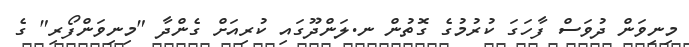
މިނިވަން ދުވަސް ފާހަގަ ކުރުމުގެ ގޮތުން ނ.ލަންދޫގައި ކުރިއަށް ގެންދާ "މިނިވަންފޯރި" ގެ